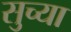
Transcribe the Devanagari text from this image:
सुच्या